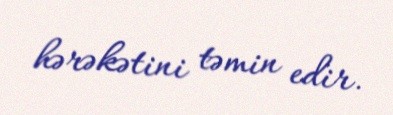
hərəkətini təmin edir.